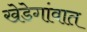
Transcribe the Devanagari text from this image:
खेडेगांवात